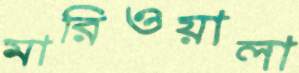
মারিওয়ালা